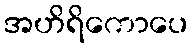
အဟိရိကောပေ